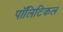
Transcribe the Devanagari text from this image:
पाॅलिटिकल